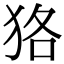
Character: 狢